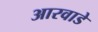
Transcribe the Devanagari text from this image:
आरवाडे